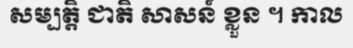
សម្បត្តិ ជាតិ សាសន៍ ខ្លួន ។ កាល